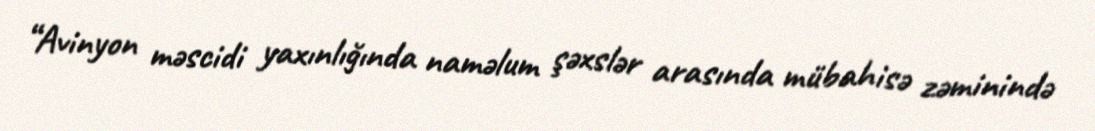
“Avinyon məscidi yaxınlığında naməlum şəxslər arasında mübahisə zəminində